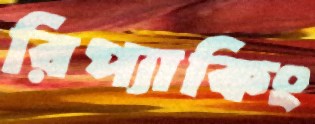
রিপ্যাকিং